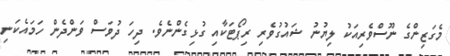
މެގަޒިންގެ ނޫސްވެރިއަކު ލިޔުނު ޝައުގުވެރި ރިޕޯޓަކާއި ގުޅިގެންނެވެ. ދިހަ ދުވަސް ވަންދެން ހަމައެކަނި